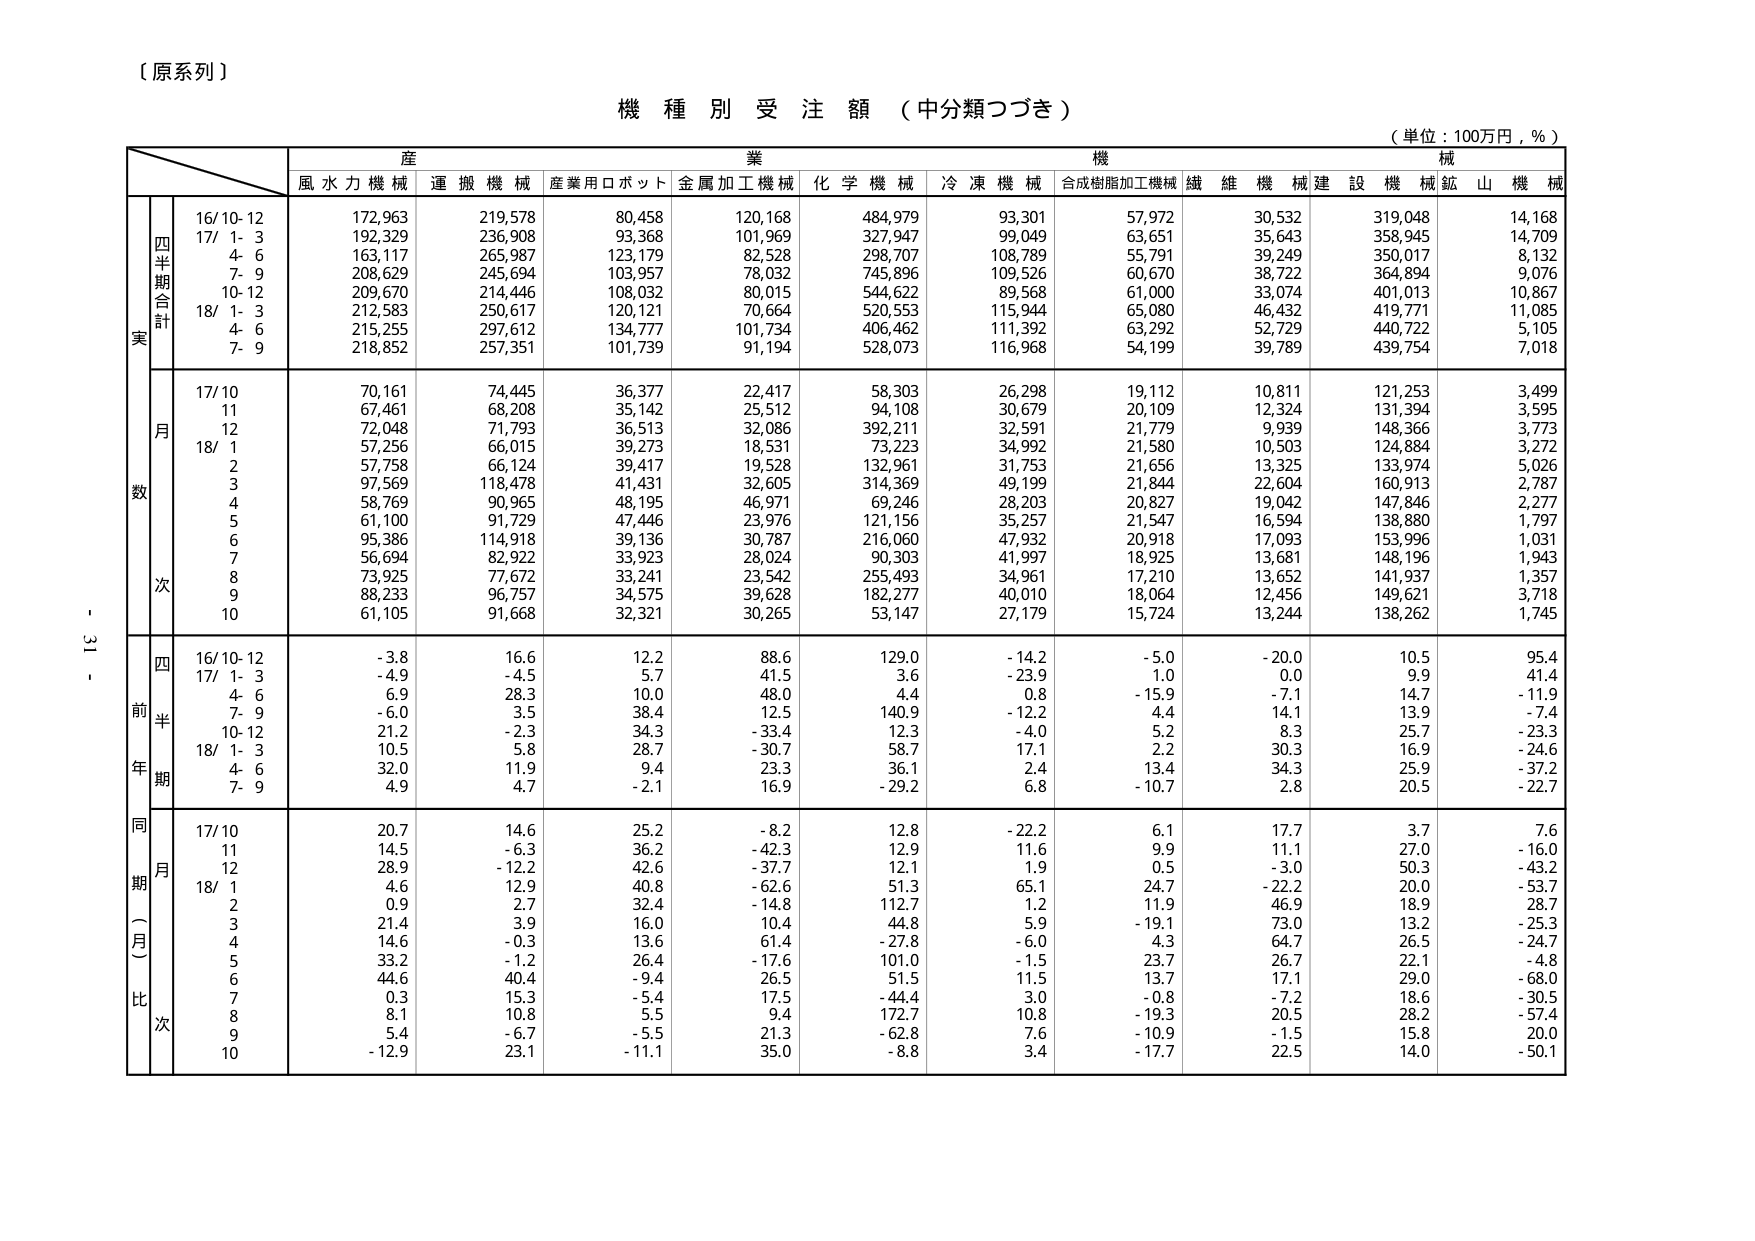
【原系列】

機種別受注額（中分類つづき）
（単位：100万円，％）

産業機械
風水力機械 運搬機械 産業用ロボット 金属加工機械 化学機械 冷凍機械 合成樹脂加工機械 繊維機械 建設機械 鉱山機械

実
四半期合計
16/10-12 172,963 219,578 80,458 120,168 484,979 93,301 57,972 30,532 319,048 14,168
17/ 1- 3 192,329 236,908 93,368 101,969 327,947 99,049 63,651 35,643 358,945 14,709
4- 6 163,117 265,987 123,179 82,528 298,707 108,789 55,791 39,249 350,017 8,132
7- 9 208,629 245,694 103,957 78,032 745,896 109,526 60,670 38,722 364,894 9,076
10-12 209,670 214,446 108,032 80,015 544,622 89,568 61,000 33,074 401,013 10,867
18/ 1- 3 212,583 250,617 120,121 70,664 520,553 115,944 65,080 46,432 419,771 11,085
4- 6 215,255 297,612 134,777 101,734 406,462 111,392 63,292 52,729 440,722 5,105
7- 9 218,852 257,351 101,739 91,194 528,073 116,968 54,199 39,789 439,754 7,018

月数
17/10 70,161 74,445 36,377 22,417 58,303 26,298 19,112 10,811 121,253 3,499
11 67,461 68,208 35,142 25,512 94,108 30,679 20,109 12,324 131,394 3,595
12 72,048 71,793 36,513 32,086 392,211 32,591 21,779 9,939 148,366 3,773
18/ 1 57,256 66,015 39,273 18,531 73,223 34,992 21,580 10,503 124,884 3,272
2 57,758 66,124 39,417 19,528 132,961 31,753 21,656 13,325 133,974 5,026
3 97,569 118,478 41,431 32,605 314,369 49,199 21,844 22,604 160,913 2,787
4 58,769 90,965 48,195 46,971 69,246 28,203 20,827 19,042 147,846 2,277
5 61,100 91,729 47,446 23,976 121,156 35,257 21,547 16,594 138,880 1,797
6 95,386 114,918 39,136 30,787 216,060 47,932 20,918 17,093 153,996 1,031
7 56,694 82,922 33,923 28,024 90,303 41,997 18,925 13,681 148,196 1,943
8 73,925 77,672 33,241 23,542 255,493 34,961 17,210 13,652 141,937 1,357
9 88,233 96,757 34,575 39,628 182,277 40,010 18,064 12,456 149,621 3,718
10 61,105 91,668 32,321 30,265 53,147 27,179 15,724 13,244 138,262 1,745

前年同期（月比）
四半期
16/10-12 -3.8 16.6 12.2 88.6 129.0 -14.2 -5.0 -20.0 10.5 95.4
17/ 1- 3 -4.9 -4.5 5.7 41.5 3.6 -23.9 1.0 0.0 9.9 41.4
4- 6 6.9 28.3 10.0 48.0 4.4 0.8 -15.9 -7.1 14.7 -11.9
7- 9 -6.0 3.5 38.4 12.5 140.9 -12.2 4.4 14.1 13.9 -7.4
10-12 21.2 -2.3 34.3 -33.4 12.3 -4.0 5.2 8.3 25.7 -23.3
18/ 1- 3 10.5 5.8 28.7 -30.7 58.7 17.1 2.2 30.3 16.9 -24.6
4- 6 32.0 11.9 9.4 23.3 36.1 2.4 13.4 34.3 25.9 -37.2
7- 9 4.9 4.7 -2.1 16.9 -29.2 6.8 -10.7 2.8 20.5 -22.7

同期（月比）
17/10 20.7 14.6 25.2 -8.2 12.8 -22.2 6.1 17.7 3.7 7.6
11 14.5 -6.3 36.2 -42.3 12.9 11.6 9.9 11.1 27.0 -16.0
12 28.9 -12.2 42.6 -37.7 12.1 1.9 0.5 -3.0 50.3 -43.2
18/ 1 4.6 12.9 40.8 -62.6 51.3 65.1 24.7 -22.2 20.0 -53.7
2 0.9 2.7 32.4 -14.8 112.7 1.2 11.9 46.9 18.9 28.7
3 21.4 3.9 16.0 10.4 44.8 5.9 -19.1 73.0 13.2 -25.3
4 14.6 -0.3 13.6 61.4 -27.8 -6.0 4.3 64.7 26.5 -24.7
5 33.2 -1.2 26.4 -17.6 101.0 -1.5 23.7 26.7 22.1 -4.8
6 44.6 40.4 -9.4 26.5 51.5 11.5 13.7 17.1 29.0 -68.0
7 0.3 15.3 -5.4 17.5 -44.4 3.0 -0.8 -7.2 18.6 -30.5
8 8.1 10.8 5.5 9.4 172.7 10.8 -19.3 20.5 28.2 -57.4
9 5.4 -6.7 -5.5 21.3 -62.8 7.6 -10.9 -1.5 15.8 20.0
10 -12.9 23.1 -11.1 35.0 -8.8 3.4 -17.7 22.5 14.0 -50.1

- 31 -